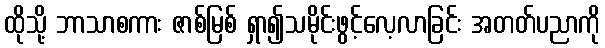
ထိုသို့ ဘာသာစကား ဇာစ်မြစ် ရှာ၍သမိုင်းဖွင့်လေ့လာခြင်း အတတ်ပညာကို